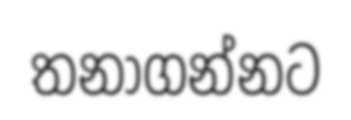
තනාගන්නට